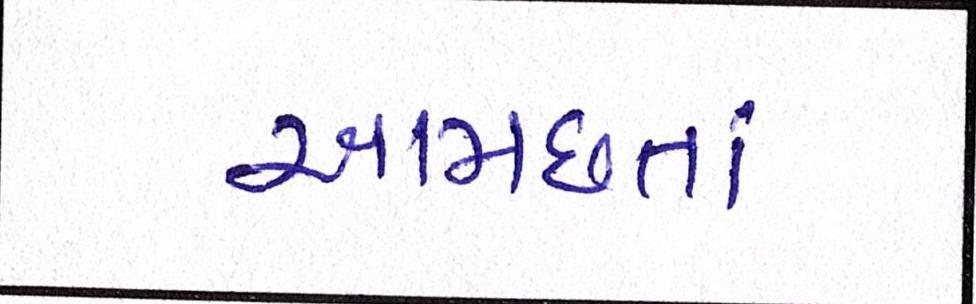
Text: આમછતાં